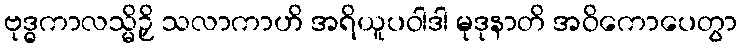
ဗုဒ္ဓကာလသ္မိဉှိ သလာကာဟိ အရိယူပဝါဒါ မုဒုနာတိ အဝိကောပေတွာ